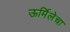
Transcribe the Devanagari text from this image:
ऊर्मिलेचा